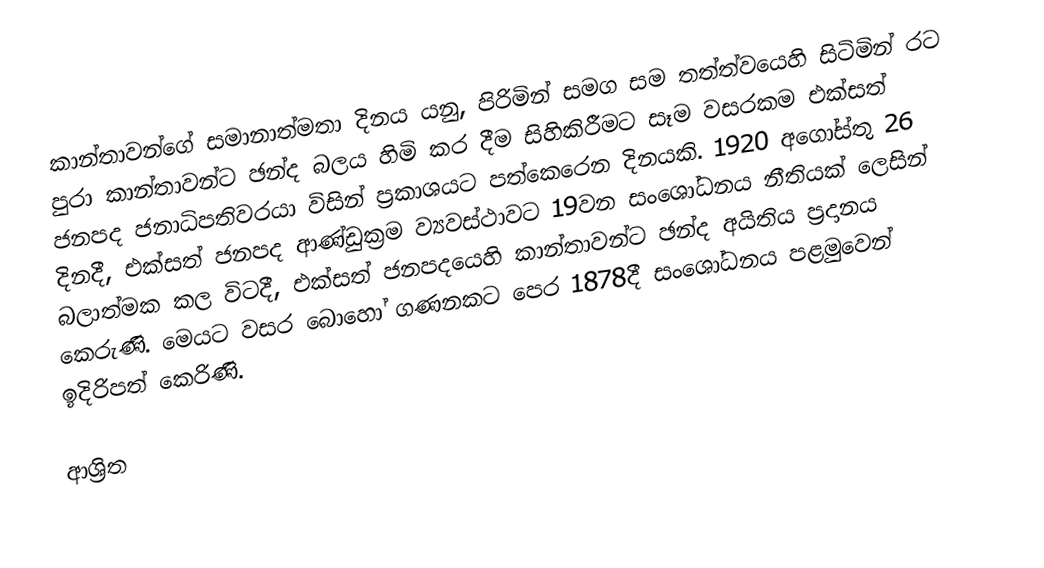
කාන්තාවන්ගේ සමානාත්මතා දිනය යනු,  පිරිමින් සමග සම තත්ත්වයෙහි සිටිමින් රට පුරා කාන්තාවන්ට ඡන්ද බලය හිමි කර දීම සිහිකිරීමට සෑම වසරකම එක්සත් ජනපද ජනාධිපතිවරයා විසින් ප්‍රකාශයට පත්කෙරෙන දිනයකි. 1920 අගෝස්තු 26 දිනදී,  එක්සත් ජනපද ආණ්ඩුක්‍රම ව්‍යවස්ථාවට  19වන සංශෝධනය නීතියක් ලෙසින් බලාත්මක කල විටදී, එක්සත් ජනපදයෙහි කාන්තාවන්ට ඡන්ද අයිතිය ප්‍රදානය කෙරුණි.  මෙයට වසර බොහෝ ගණනකට පෙර 1878දී සංශෝධනය පළමුවෙන් ඉදිරිපත් කෙරිණි.

ආශ්‍රිත